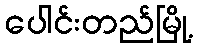
ပေါင်းတည်မြို့